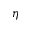
\eta